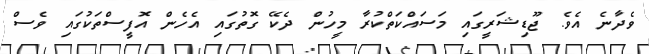
ވެދާނެ އެވެ. ޖޫޑިޝަރީގައި މަސައްކަތްކުރާ މީހުން ދެކޭ ގޮތުގައި އެހެން އޮފީސްތަކުގައި ވެސް